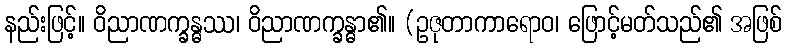
နည်းဖြင့်။ ဝိညာဏက္ခန္ဓဿ၊ ဝိညာဏက္ခန္ဓာ၏။ (ဥဇုတာကာရောဝ၊ ဖြောင့်မတ်သည်၏ အဖြစ်